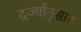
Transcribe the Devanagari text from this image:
दर्ज्यानुसार